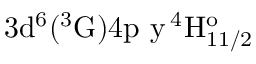
\mathrm { 3 d ^ { 6 } ( ^ { 3 } G ) 4 p \ y \, ^ { 4 } H _ { 1 1 / 2 } ^ { o } }